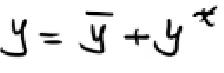
\[y = \overline{y}+y^{\star}\]